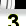
Digit: 3